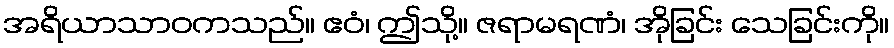
အရိယာသာဝကသည်။ ဧဝံ၊ ဤသို့။ ဇရာမရဏံ၊ အိုခြင်း သေခြင်းကို။